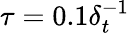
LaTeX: \tau=0.1\delta_{t}^{-1}